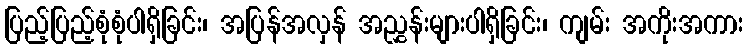
ပြည့်ပြည့်စုံစုံပါရှိခြင်း၊ အပြန်အလှန် အညွှန်းများပါရှိခြင်း၊ ကျမ်း အကိုးအကား